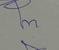
Signature authenticity: genuine